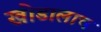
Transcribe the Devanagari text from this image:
खोडालाच